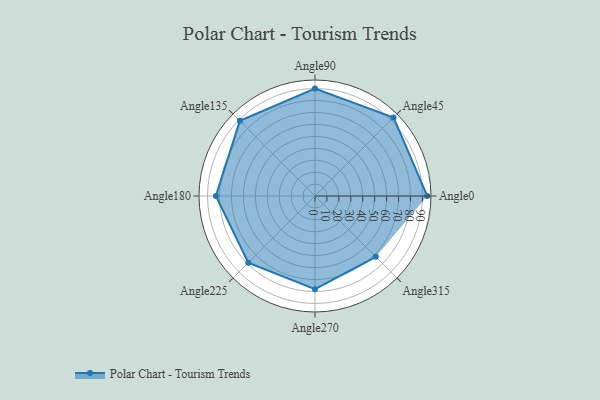
{"axis": {"x": "Angle", "y": "Radius"}, "legend": [""], "data": [{"x": "Angle0", "y": 94.0, "type": ""}, {"x": "Angle45", "y": 93.0, "type": ""}, {"x": "Angle90", "y": 90.0, "type": ""}, {"x": "Angle135", "y": 89.0, "type": ""}, {"x": "Angle180", "y": 83.0, "type": ""}, {"x": "Angle225", "y": 79.0, "type": ""}, {"x": "Angle270", "y": 78.0, "type": ""}, {"x": "Angle315", "y": 72.0, "type": ""}]}